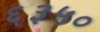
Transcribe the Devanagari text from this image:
६३५०